Report of the Indian Hemp Drugs Commission, 1894-1895 - Volume I
Year: 1894
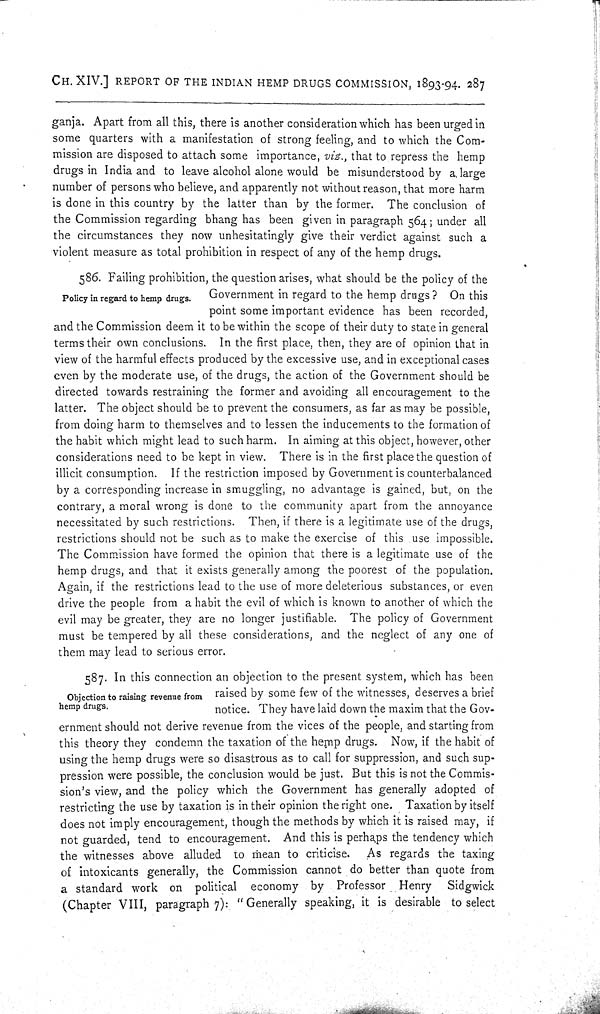
CH. XIV.] REPORT OF THE INDIAN HEMP DRUGS COMMISSION, 1893-94. 287
ganja. Apart from all this, there is another consideration which has been urged in
some quarters with a manifestation of strong feeling, and to which the Com-
mission are disposed to attach some importance, viz., that to repress the hemp
drugs in India and to leave alcohol alone would be misunderstood by a large
number of persons who believe, and apparently not without reason, that more harm
is done in this country by the latter than by the former. The conclusion of
the Commission regarding bhang has been given in paragraph 564; under all
the circumstances they now unhesitatingly give their verdict against such a
violent measure as total prohibition in respect of any of the hemp drugs.
Policy in regard to hemp drugs.
586. Failing prohibition, the question arises, what should be the policy of the
Government in regard to the hemp drugs ? On this
point some important evidence has been recorded,
and the Commission deem it to be within the scope of their duty to state in general
terms their own conclusions. In the first place, then, they are of opinion that in
view of the harmful effects produced by the excessive use, and in exceptional cases
even by the moderate use, of the drugs, the action of the Government should be
directed towards restraining the former and avoiding all encouragement to the
latter. The object should be to prevent the consumers, as far as may be possible,
from doing harm to themselves and to lessen the inducements to the formation of
the habit which might lead to such harm. In aiming at this object, however, other
considerations need to be kept in view. There is in the first place the question of
illicit consumption. If the restriction imposed by Government is counterbalanced
by a corresponding increase in smuggling, no advantage is gained, but, on the
contrary, a moral wrong is done to the community apart from the annoyance
necessitated by such restrictions. Then, if there is a legitimate use of the drugs,
restrictions should not be such as to make the exercise of this use impossible.
The Commission have formed the opinion that there is a legitimate use of the
hemp drugs, and that it exists generally among the poorest of the population.
Again, if the restrictions lead to the use of more deleterious substances, or even
drive the people from a habit the evil of which is known to another of which the
evil may be greater, they are no longer justifiable. The policy of Government
must be tempered by all these considerations, and the neglect of any one of
them may lead to serious error.
Objection to raising revenue from
hemp drugs.
587. In this connection an objection to the present system, which has been
raised by some few of the witnesses, deserves a brief
notice. They have laid down the maxim that the Gov-
ernment should not derive revenue from the vices of the people, and starting from
this theory they condemn the taxation of the hemp drugs. Now, if the habit of
using the hemp drugs were so disastrous as to call for suppression, and such sup-
pression were possible, the conclusion would be just. But this is not the Commis-
sion's view, and the policy which the Government has generally adopted of
restricting the use by taxation is in their opinion the right one. Taxation by itself
does not imply encouragement, though the methods by which it is raised may, if
not guarded, tend to encouragement. And this is perhaps the tendency which
the witnesses above alluded to mean to criticise.
As regards the taxing
of intoxicants generally, the Commission cannot do better than quote from
a standard work on political economy by Professor Henry
Sidgwick
(Chapter VIII, paragraph 7): "Generally speaking, it is desirable to select